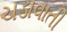
ચડાવાતી